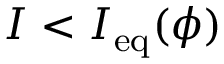
I < I _ { \mathrm { e q } } ( \phi )